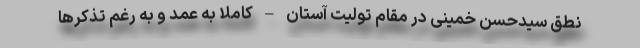
نطق سیدحسن خمینی در مقام تولیت آستان – کاملا به عمد و به رغم تذکرها